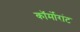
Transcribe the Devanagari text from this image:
कॉर्मोरांट